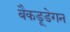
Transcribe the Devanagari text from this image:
बैकडूडेगन